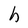
Character: h